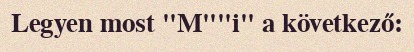
Legyen most "M""i" a következő: